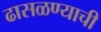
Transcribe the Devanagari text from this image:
ढासळण्याची